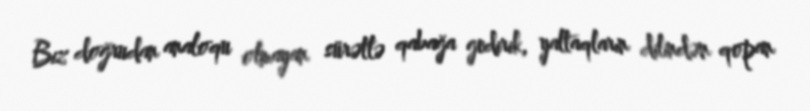
Biz doğrudan analoqu olmayan sürətlə qabağa gedirik, yaltaqların dilindən qopan